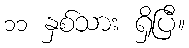
၁၁ နှစ်သား ရှိပြီ။